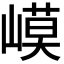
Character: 𡻟